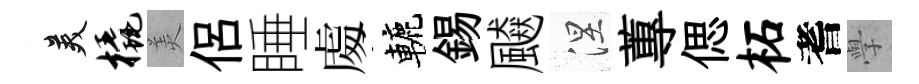
美橇羙侶睡䖏轆錫飇涅蓴偲柘耆𭓕